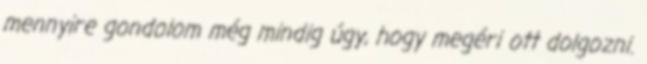
mennyire gondolom még mindig úgy, hogy megéri ott dolgozni.